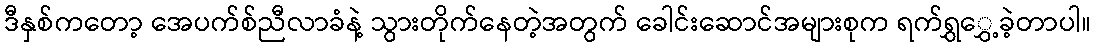
ဒီနှစ်ကတော့ အေပက်စ်ညီလာခံနဲ့ သွားတိုက်နေတဲ့အတွက် ခေါင်းဆောင်အများစုက ရက်ရွှွှေ့ခဲ့တာပါ။